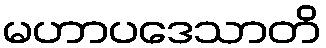
မဟာပဒေသာတိ